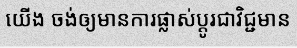
យើង ចង់ឲ្យមានការផ្លាស់ប្តូរជាវិជ្ជមាន